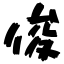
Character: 俊